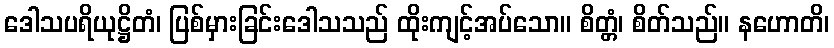
ဒေါသပရိယုဋ္ဌိတံ၊ ပြစ်မှားခြင်းဒေါသသည် ထိုးကျင့်အပ်သော။ စိတ္တံ၊ စိတ်သည်။ နဟောတိ၊